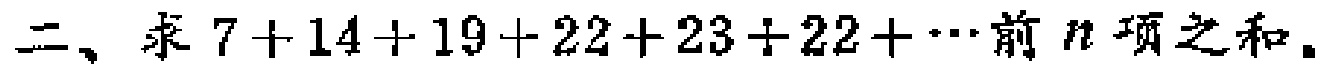
二、求\(7 + 14 + 19 + 22 + 23 + 22 + \cdots\)前\(n\)项之和。